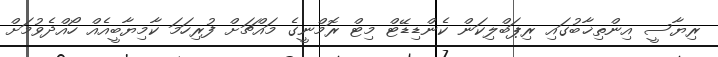
ރިޔާސީ އިންތިޚާބުގައި ރިޕަބްލިކަން ކެންޑިޑޭޓް މިޓް ރޮމްނީގެ މައްޗަށް ފުރިހަމަ ކާމިޔާބީއެއް ހޯއްދެވުމަށް